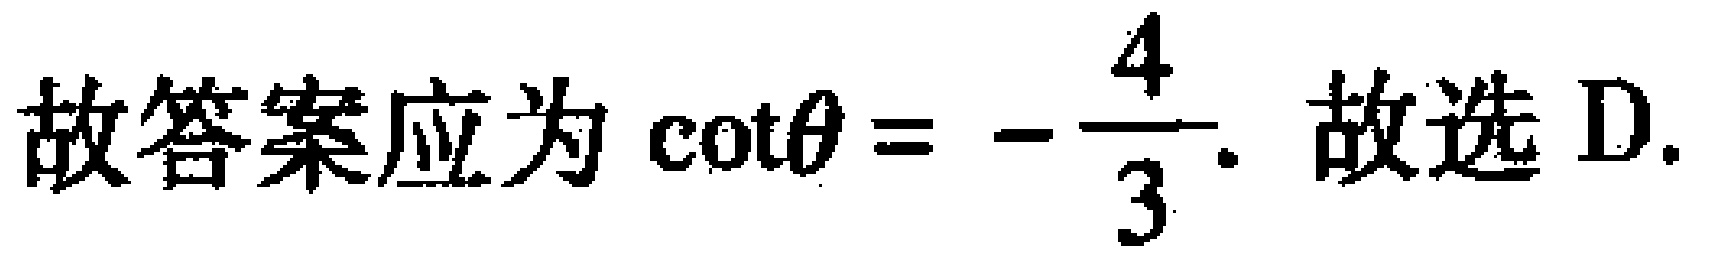
故答案应为\(\cot\theta = -\dfrac{4}{3}\). 故选D.